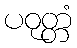
ပဝုတ္တံ